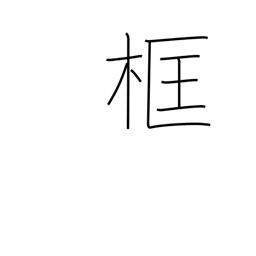
Meaning: framework